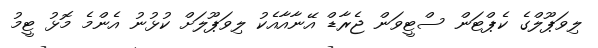
ލިވަޕޫލްގެ ކެޕްޓަން ސްޓީވަން ޖެރާޑް އޭނާއާއެކު ލިވަޕޫލަށް ކުޅުނު އެންމެ މޮޅު ޓީމު